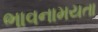
ભાવનામયતા